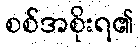
စစ်အစိုးရ၏